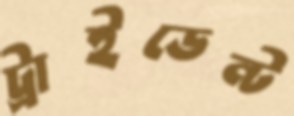
ট্রাইডেন্ট